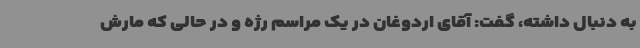
به دنبال داشته، گفت: آقای اردوغان در یک مراسم رژه و در حالی که مارش